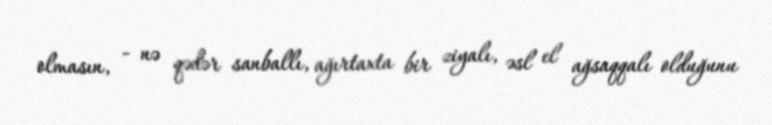
olmasın, - nə qədər sanballı, ağırtaxta bir ziyalı, əsl el ağsaqqalı olduğunu